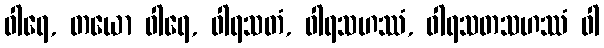
ဝါရေ, တယော ဝါရေ, ဝါရသတံ, ဝါရသဟဿံ, ဝါရသတသဟဿံ ဝါ